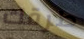
طرقك